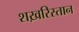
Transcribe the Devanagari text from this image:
शख़रिस्तान